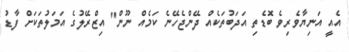
އެއީ އަނިޔާވެރިވެ ބޮޑެތި އަދަބުތަކެއް ދޭންޖެހޭނެ ކަމެއް ނޫން" އިޒްރޭލުގެ އަމަލުތަކަށް ފާޑު